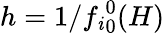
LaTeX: h=1/{f_{\mathit{i}}}_{0}^{0}(H)